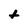
Character: t